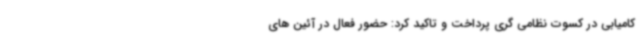
کامیابی در کسوت نظامی گری پرداخت و تاکید کرد: حضور فعال در آئین های